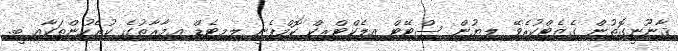
ޤާނޫނީގޮތުން ގެޒެޓްކުރެވޭ ލިޔުން ސްޓޭޓް އިލެކްޓްރިކް ކޮމްޕެނީ ލިމިޓެޑް ޢިމާރާތުގެ ކުރެހުންތަކާއި ބީ.